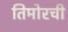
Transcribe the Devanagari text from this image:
तिमोरची